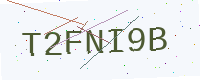
Text: T2FNI9B